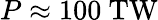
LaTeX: P\approx 100\ \mathrm{TW}